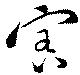
害